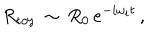
R _ { \mathrm { t o y } } \, \sim \, R _ { 0 } \, e ^ { - i \omega _ { i } t } \, ,